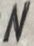
Text: N